Leaving Certificate Examination, 1918
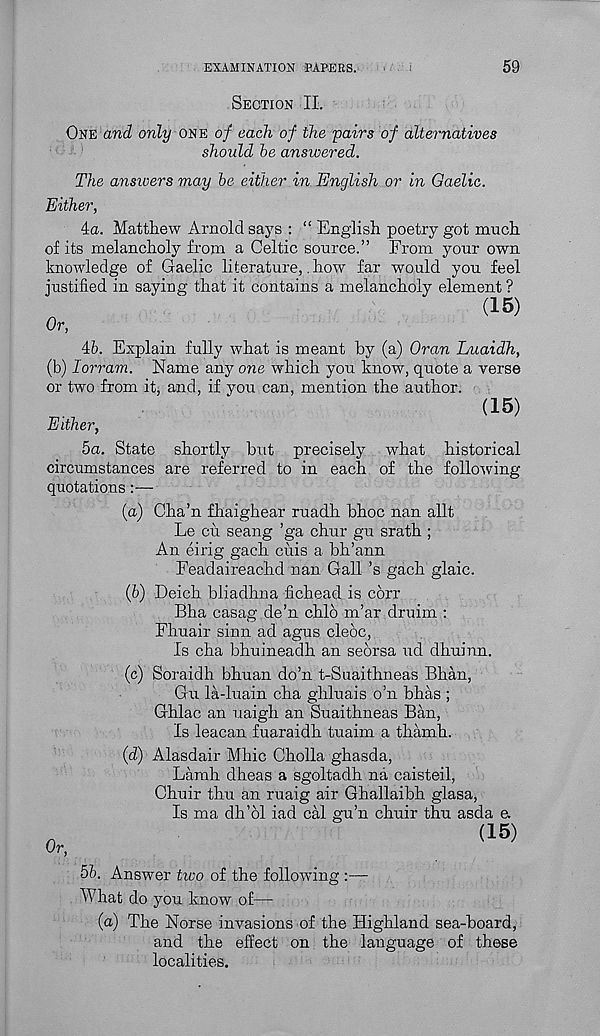
EXAMINATION PAPERS.
59
Section II.
Om and only oue of each of the pairs of alternatives
should be ansioered.
The answers may be either in English or in Gaelic.
Either,
4a. Matthew Arnold says : “ English poetry got much
of its melancholy from a Celtic source.” From your own
knowledge of Gaelic literature, .how far would you feel
justified in saying that it contains a melancholy element ?
(15)
Or,
4b. Explain fully what is meant by (a) Oran Luaidh,
(b) lorram. Name any one which you know, quote a verse
or two from it, and, if you can, mention the author.
(15)
Either,
5a. State shortly but precisely what historical
circumstances are referred to in each of the folio-wing
quotations:—
(a) Cha’n fhaighear ruadh bhoc nan allt
Le cu seang ’ga chur gu srath ;
An eirig gach cuis a bh’ann
Feadaireachd nan Gall’s gach glaic.
(b) Deich bliadhna fichead is corr
Bha casag de’n chlo m’ar druim :
Fhuair sinn ad agus cleoc,
Is cha bhuineadh an seorsa ud dhuinn.
(c) Soraidh bhuan do’n t-Suaithneas Bhan,
Gu la-luain cha ghluais o’n bhas ;
Ghlac an uaigh an Suaithneas Ban,
Is leacan fuaraidh tuaim a thamh.
(d) Alasdair Mhic Cholla ghasda,
Lamb dheas a sgoltadh na caisteil,
Chuir thu an ruaig air Ghallaibh glasa,
Is ma dh’dl iad cal gu’n chuir thu asda a
o,
(15)
5b. Answer two of the following :—
What do you know of—
(a) The Norse invasions of the Highland sea-board,
and the effect on the language of these
localities.